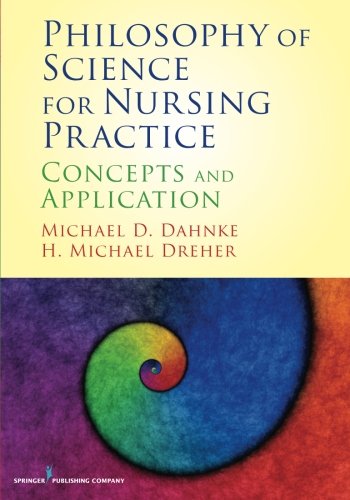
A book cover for Philosophy of Science for Nursing Practice: Concepts and Application; Michael D. Dahnke PhD; Medical Books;